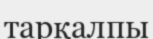
тарқалпы